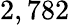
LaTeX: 2,782